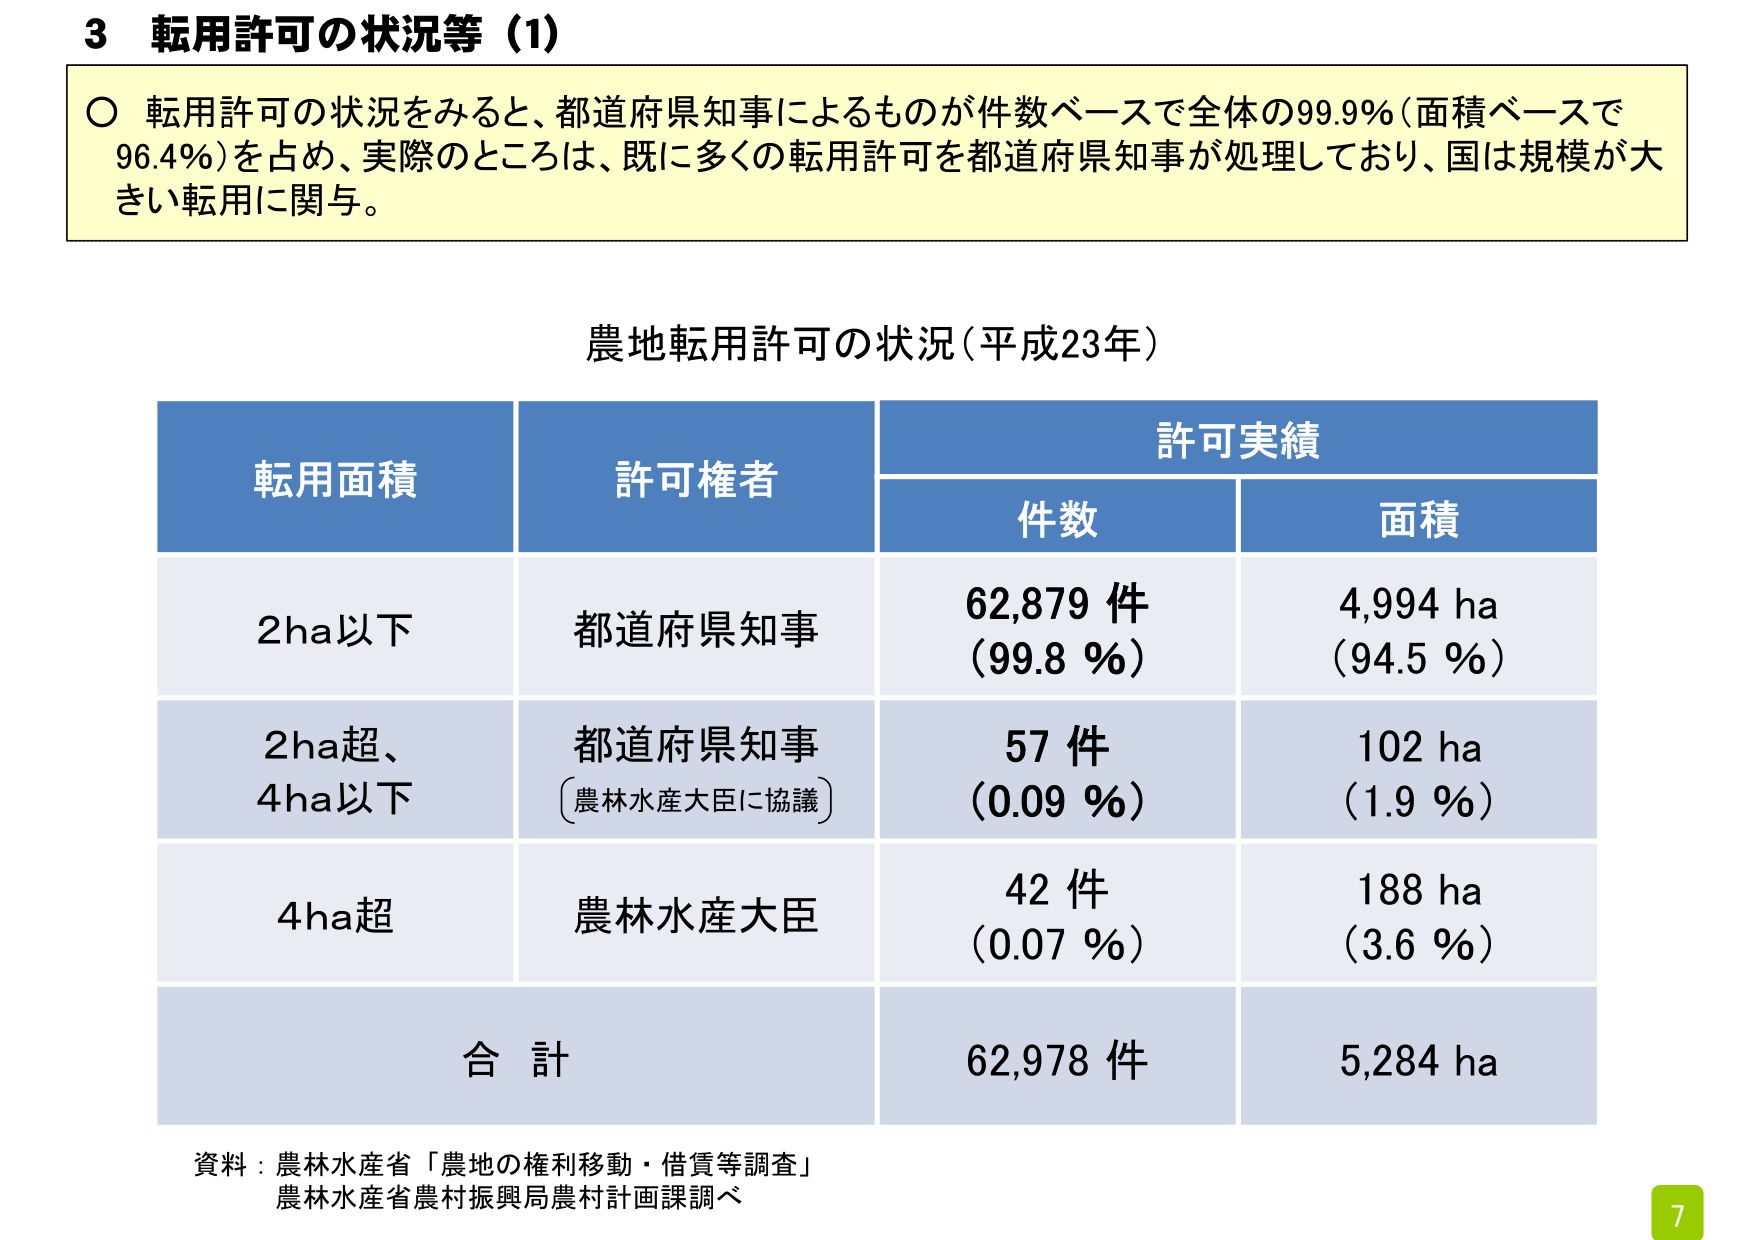
3 転用許可の状況等（1）

○ 転用許可の状況をみると、都道府県知事によるものが件数ベースで全体の99.9％（面積ベースで96.4％）を占め、実際のところは、既に多くの転用許可を都道府県知事が処理しており、国は規模が大きい転用に関与。

農地転用許可の状況（平成23年）

転用面積　　許可権者　　許可実績
　　　　　　　　　　　　件数　　面積

2ha以下　　都道府県知事　　62,879 件　　4,994 ha
　　　　　　　　　　　　（99.8 ％）　　（94.5 ％）

2ha超、　　都道府県知事　　57 件　　　　102 ha
4ha以下　　（農林水産大臣に協議）　　（0.09 ％）　　（1.9 ％）

4ha超　　農林水産大臣　　42 件　　　　188 ha
　　　　　　　　　　　　（0.07 ％）　　（3.6 ％）

合計　　　　　　　　　　62,978 件　　5,284 ha

資料：農林水産省「農地の権利移動・借賃等調査」
農林水産省農村振興局農村計画課調べ

7